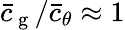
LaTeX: \bar{c}_{\mathrm{~g~}}/\bar{c}_{\theta}\approx 1